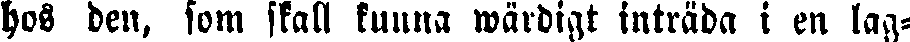
hos den, som skall kunna wärdigt inträda i en lag-